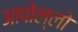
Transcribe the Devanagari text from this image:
आपोल्लो